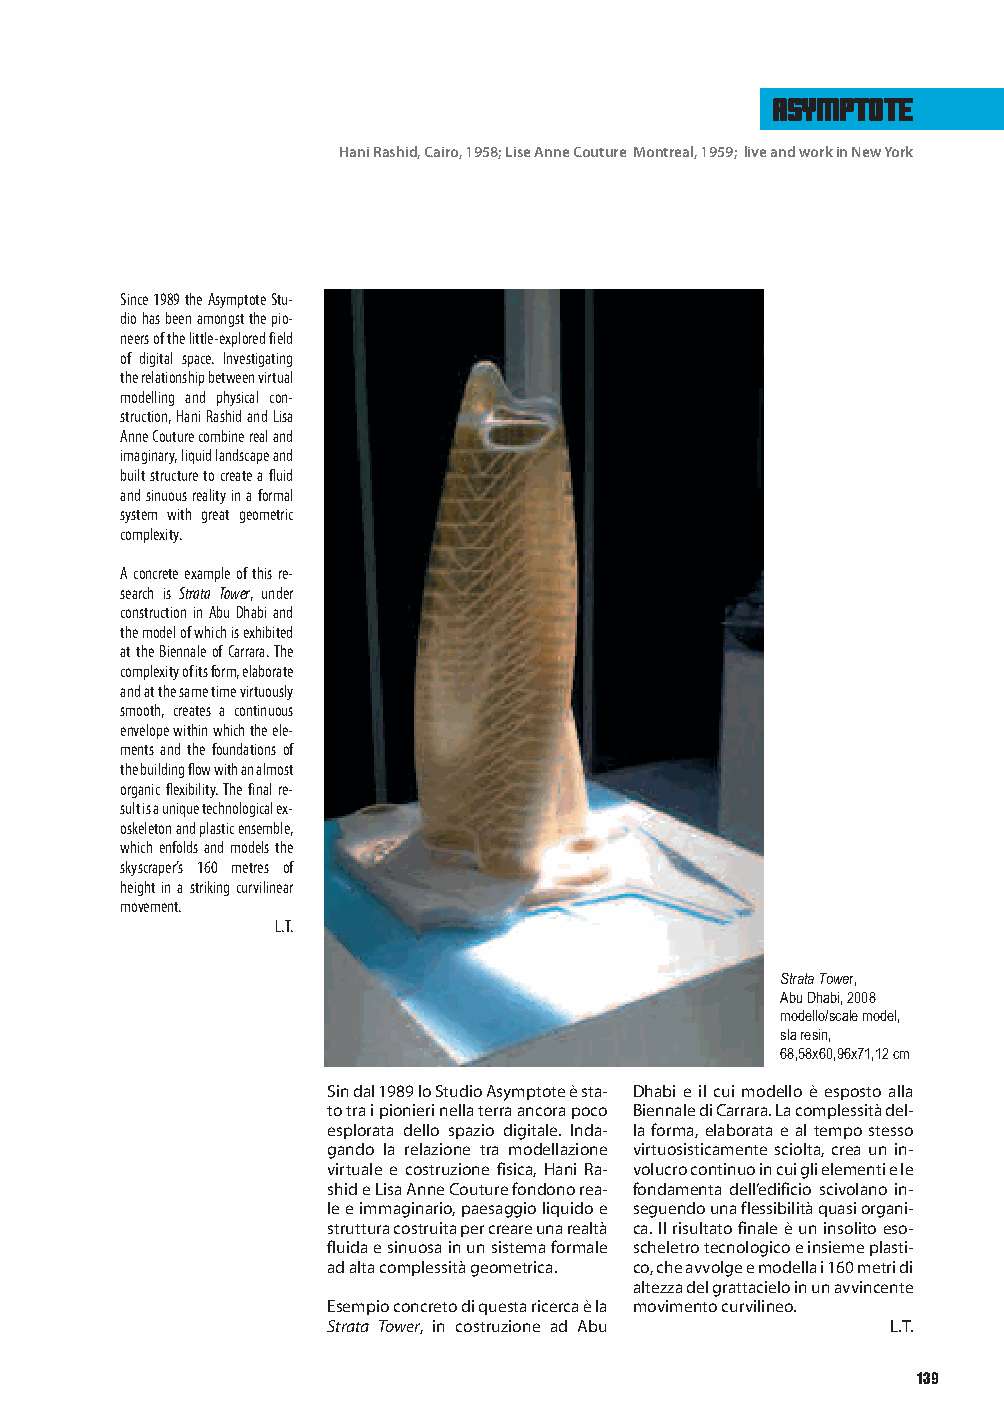
asymptote
 HaniRashid,Cairo,1958;LiseAnneCouture Montreal,1959; liveandworkinNewYork
 Since1989theAsymptoteStu-
 diohasbeenamongstthepio-
 neersofthelittle-exploredfield
 of digital space. Investigating
 therelationshipbetweenvirtual
 modelling and physical con-
 struction,HaniRashidandLisa
 AnneCouturecombinerealand
 imaginary,liquidlandscapeand
 builtstructuretocreateafluid
 andsinuousrealityinaformal
 system with great geometric
 complexity.
 Aconcreteexampleofthisre-
 search is Strata Tower, under
 constructioninAbuDhabiand
 themodelofwhichisexhibited
 attheBiennaleofCarrara.The
 complexityofitsform,elaborate
 andatthesametimevirtuously
 smooth, creates a continuous
 envelopewithinwhichtheele-
 ments and the foundations of
 thebuildingflowwithanalmost
 organicflexibility.Thefinalre-
 sultisauniquetechnologicalex-
 oskeletonandplasticensemble,
 whichenfoldsandmodelsthe
 skyscraper’s 160 metres of
 heightinastrikingcurvilinear
 movement.
 L.T.
 StrataTower,
 AbuDhabi,2008
 modello/scalemodel,
 slaresin,
 68,58x60,96x71,12cm
 Sindal1989loStudioAsymptoteèsta- Dhabi e il cui modello è esposto alla
 totraipionierinellaterraancorapoco BiennalediCarrara.Lacomplessitàdel-
 esplorata dello spazio digitale. Inda- laforma,elaborataealtempostesso
 gando la relazione tra modellazione virtuosisticamente sciolta, crea un in-
 virtuale e costruzione fisica, Hani Ra- volucrocontinuoincuiglielementiele
 shideLisaAnneCouturefondonorea- fondamenta dell’edificio scivolano in-
 leeimmaginario,paesaggioliquidoe seguendounaflessibilitàquasiorgani-
 strutturacostruitapercreareunarealtà ca.Ilrisultatofinaleèuninsolitoeso-
 fluidaesinuosainunsistemaformale scheletrotecnologicoeinsiemeplasti-
 adaltacomplessitàgeometrica. co,cheavvolgeemodellai160metridi
 altezzadelgrattacieloinunavvincente
 Esempioconcretodiquestaricercaèla movimentocurvilineo.
 Strata Tower, in costruzione ad Abu  L.T.
 139